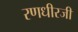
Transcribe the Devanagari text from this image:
रणधीरजी